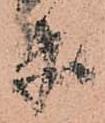
衛